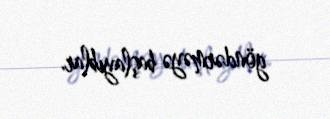
göndərməyə başlayıblar.